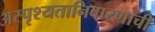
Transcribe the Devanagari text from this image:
अस्पृश्‍यतानिवारणाची